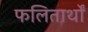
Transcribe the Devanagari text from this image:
फलितार्थों